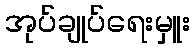
အုပ်ချုပ်ရေးမှူး